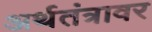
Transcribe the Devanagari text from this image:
अर्थतंत्रावर